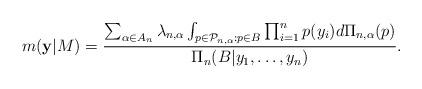
LaTeX: \begin{align*}m(\mathbf{y} | M)=\frac{\sum_{\alpha \in A_{n}}\lambda_{n,\alpha}\int_{p \in \mathcal{P}_{n,\alpha}: p \in B}\prod_{i=1}^{n}p(y_{i})d\Pi_{n,\alpha}(p)}{\Pi_{n}(B | y_{1}, \ldots, y_{n})}.\end{align*}